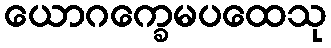
ယောဂက္ခေမပထေသု